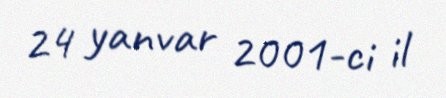
24 yanvar 2001-ci il